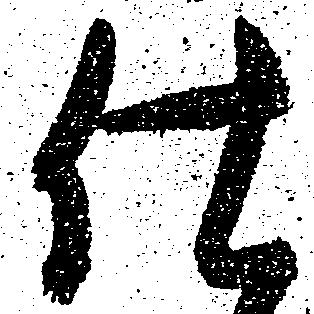
仕